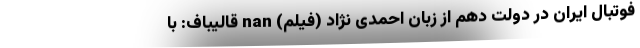
فوتبال ایران در دولت دهم از زبان احمدی نژاد (فیلم) nan قالیباف: با